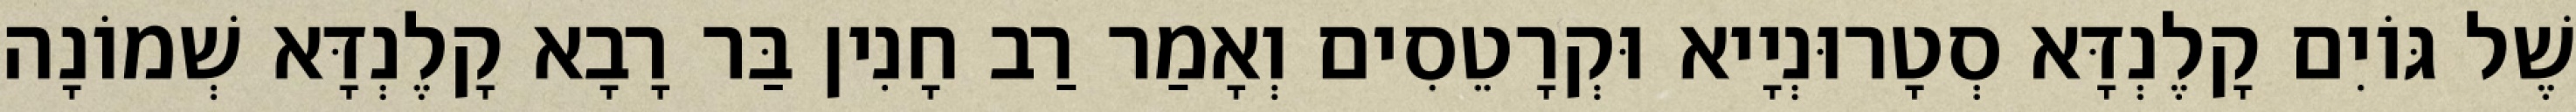
שֶׁל גּוֹיִם קָלֶנְדָּא סְטָרוּנְיָיא וּקְרָטֵסִים וְאָמַר רַב חָנִין בַּר רָבָא קָלֶנְדָּא שְׁמוֹנָה